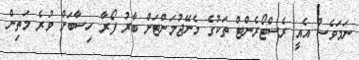
ނަމަވެސް އެއީ ރެސްޓޯރެންޓް ތަކުގެ މެނޭޖުމަންޓަށް ބާރު ފޯރާ ހިސާބަށް ވުރެ މަތިން